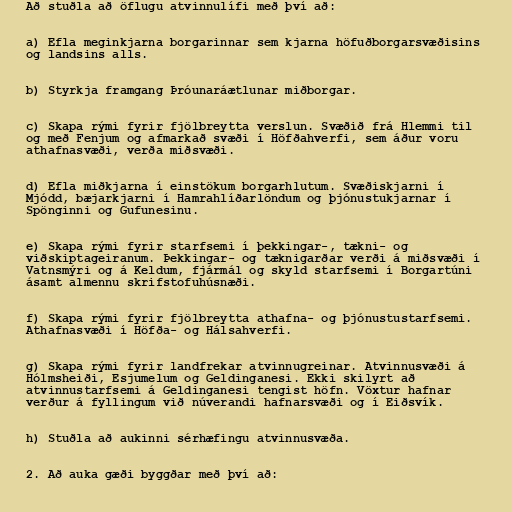
Að stuðla að öflugu atvinnulífi með því að:

a) Efla meginkjarna borgarinnar sem kjarna höfuðborgarsvæðisins
og landsins alls.

b) Styrkja framgang Þróunaráætlunar miðborgar.

c) Skapa rými fyrir fjölbreytta verslun. Svæðið frá Hlemmi til
og með Fenjum og afmarkað svæði í Höfðahverfi, sem áður voru
athafnasvæði, verða miðsvæði.

d) Efla miðkjarna í einstökum borgarhlutum. Svæðiskjarni í
Mjódd, bæjarkjarni í Hamrahlíðarlöndum og þjónustukjarnar í
Spönginni og Gufunesinu.

e) Skapa rými fyrir starfsemi í þekkingar-, tækni- og
viðskiptageiranum. Þekkingar- og tæknigarðar verði á miðsvæði í
Vatnsmýri og á Keldum, fjármál og skyld starfsemi í Borgartúni
ásamt almennu skrifstofuhúsnæði.

f) Skapa rými fyrir fjölbreytta athafna- og þjónustustarfsemi.
Athafnasvæði í Höfða- og Hálsahverfi.

g) Skapa rými fyrir landfrekar atvinnugreinar. Atvinnusvæði á
Hólmsheiði, Esjumelum og Geldinganesi. Ekki skilyrt að
atvinnustarfsemi á Geldinganesi tengist höfn. Vöxtur hafnar
verður á fyllingum við núverandi hafnarsvæði og í Eiðsvík.

h) Stuðla að aukinni sérhæfingu atvinnusvæða.

2. Að auka gæði byggðar með því að: